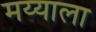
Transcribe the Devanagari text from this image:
मय्याला